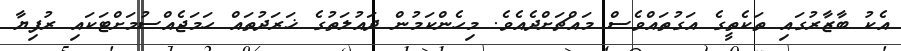
އެކު ބާޒާރުގައި ތަކެތީގެ އަގުތައްވެސް މައްޗަށްދެއެވެ. މިހެންކަމުން ދައުލަތުގެ ޚަރަދުތައް ހަމަޖެއްސުމަށްޓަކައި ރުފިޔާ